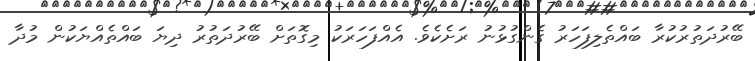
ބޭރުދަތުރުކުރާ ބައްތެލިފަހަރު ގެންގުޅުނު ރަށެކެވެ. އެއްފަހަރަކު މިގޮތަށް ބޭރުދަތުރު ދިޔަ ބައްތެއްޔަކުން މުދާ